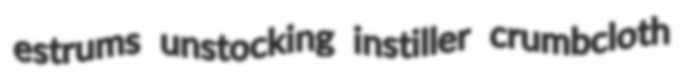
estrums unstocking instiller crumbcloth